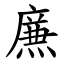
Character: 㢘